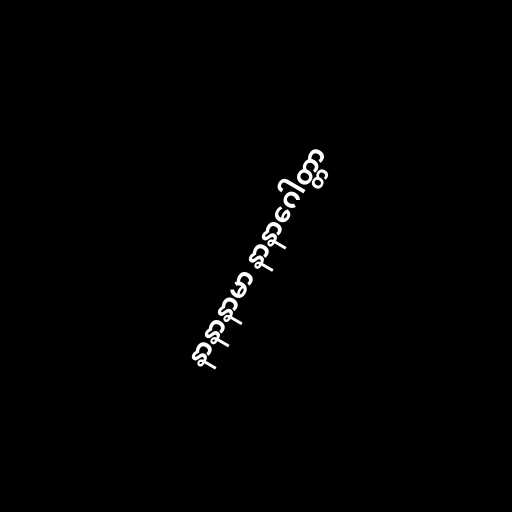
နာနာနာမာ နာနာဂေါတ္တာ